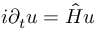
i \partial _ { t } u = { \hat { H } } u